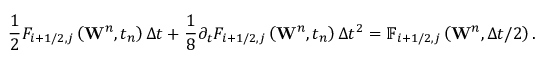
\frac { 1 } { 2 } { { F } _ { i + 1 / 2 , j } } \left( { { \mathbf { W } } ^ { n } } , { { t } _ { n } } \right) \Delta t + \frac { 1 } { 8 } { { \partial } _ { t } } { { F } _ { i + 1 / 2 , j } } \left( { { \mathbf { W } } ^ { n } } , { { t } _ { n } } \right) \Delta { { t } ^ { 2 } } = { { \mathbb { F } } _ { i + 1 / 2 , j } } \left( { { \mathbf { W } } ^ { n } } , \Delta t / 2 \right) .